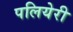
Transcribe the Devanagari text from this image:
पलियेरी